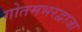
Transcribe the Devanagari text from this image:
गोतमभरद्वाजा